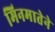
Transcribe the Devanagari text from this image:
मिनमातेने